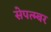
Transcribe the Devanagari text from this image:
सेपत्म्बर